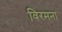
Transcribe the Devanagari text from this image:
विरमना